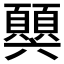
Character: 𩕧